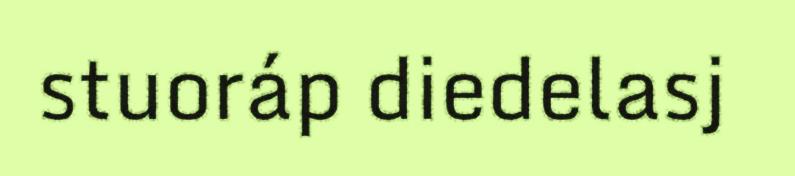
stuoráp diedelasj